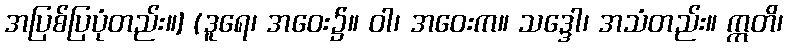
အပြစ်ပြပုံတည်း။] (ဒူရေ၊ အဝေး၌။ ဝါ၊ အဝေးက။ သဒ္ဒေါ၊ အသံတည်း။ ဣတိ၊